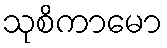
သုစိကာမော